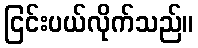
ငြင်းပယ်လိုက်သည်။